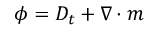
\phi = D _ { t } + \nabla \cdot m